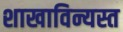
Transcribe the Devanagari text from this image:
शाखाविन्यस्त